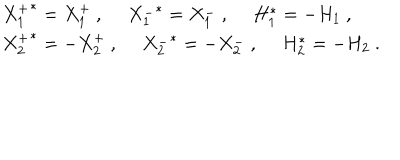
\begin{array} { l } { { \left. X _ { 1 } ^ { + } \right. ^ { * } = X _ { 1 } ^ { + } ~ , ~ ~ \left. X _ { 1 } ^ { - } \right. ^ { * } = X _ { 1 } ^ { - } ~ , ~ ~ H _ { 1 } ^ { * } = - H _ { 1 } ~ , } } \\ { { \left. X _ { 2 } ^ { + } \right. ^ { * } = - X _ { 2 } ^ { + } ~ , ~ ~ \left. X _ { 2 } ^ { - } \right. ^ { * } = - X _ { 2 } ^ { - } ~ , ~ ~ H _ { 2 } ^ { * } = - H _ { 2 } ~ . } } \\ \end{array}